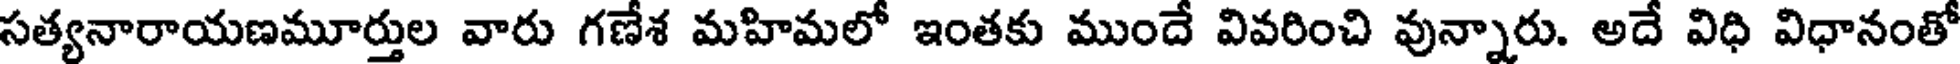
సత్యనారాయణమూర్తుల వారు గణేశ మహిమలో ఇంతకు ముందే వివరించి వున్నారు. అదే విధి విధానంతో